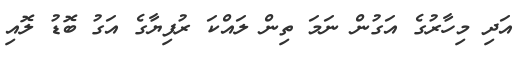
އަދި މިހާރުގެ އަގުން ނަމަ ތިން ލައްކަ ރުފިޔާގެ އަގު ބޮޑު ލޮއި